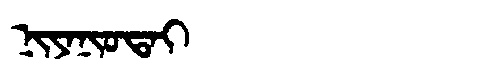
Manchu: ᠨᡳᠶᠠᠨᡳᠣᡨᠠᡳ
Romanization: NIYANIOTAI